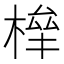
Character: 𣕀